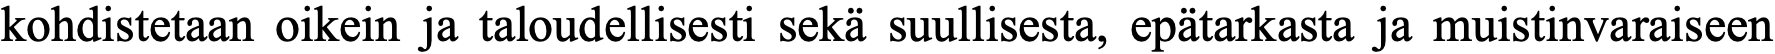
kohdistetaan oikein ja taloudellisesti sekä suullisesta, epätarkasta ja muistinvaraiseen